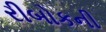
રીબોકની